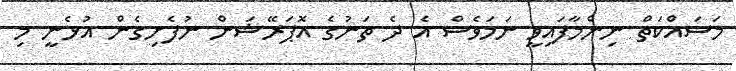
މަސައްކަތް ނިންމާފައިވީ ނަމަވެސް އެ ދެ ތަނުގެ އޮޕަރޭޝަން ނުފެށިގެން އުޅެނީ މި